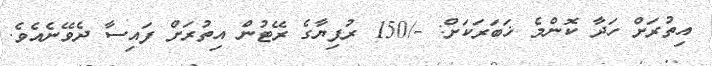
އިތުރަށް ހަދާ ކޮންމެ ޚަބަރަކަށް: -/150 ރުފިޔާގެ ރޭޓުން އިތުރަށް ފައިސާ ދެވޭނެއެވެ.